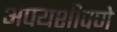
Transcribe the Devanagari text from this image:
अपयशीपणे